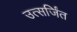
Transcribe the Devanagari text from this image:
उत्सर्जिंत